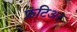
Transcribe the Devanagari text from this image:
फ्रंटिअर